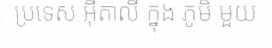
ប្រទេស អ៊ីតាលី ក្នុង ភូមិ មួយ